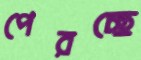
পেরচ্ছে